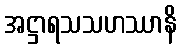
အဋ္ဌာရသသဟဿာနိ